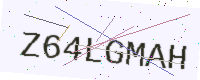
Text: Z64LGMAH